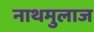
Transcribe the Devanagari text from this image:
नाथमुलाज